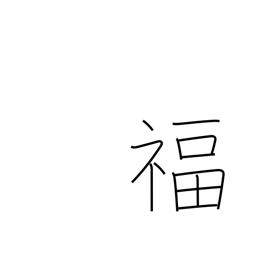
Meaning: luck